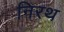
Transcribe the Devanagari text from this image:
निरथ